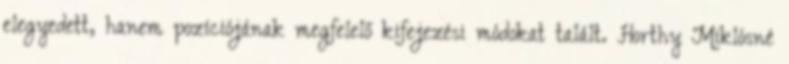
elegyedett, hanem pozíciójának megfelelő kifejezési módokat talált. Horthy Miklósné